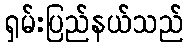
ရှမ်းပြည်နယ်သည်